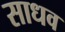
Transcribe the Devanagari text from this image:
साधव